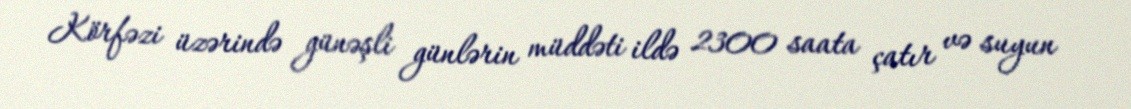
Körfəzi üzərində günəşli günlərin müddəti ildə 2300 saata çatır və suyun